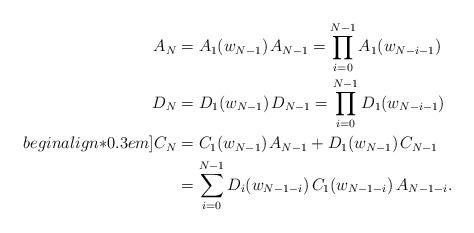
LaTeX: \begin{align*} \begin{aligned}A_N &= A_1(w_{N-1})\;\! A_{N-1} = \prod_{i=0}^{N-1} A_1(w_{N-i-1}) \\D_N &= D_1(w_{N-1})\;\! D_{N-1} = \prod_{i=0}^{N-1} D_1(w_{N-i-1}) \\begin{align*}0.3em]C_N &= C_1(w_{N-1})\;\! A_{N-1} + D_1(w_{N-1})\;\! C_{N-1} \\&= \sum_{i=0}^{N-1} D_i(w_{N-1-i})\, C_1(w_{N-1-i}) \, A_{N-1-i} . \\\end{aligned} \end{align*}